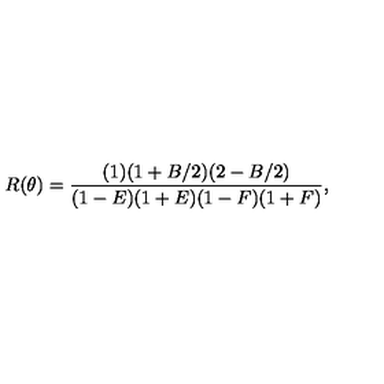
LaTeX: R ( \theta ) = \frac { ( 1 ) ( 1 + B / 2 ) ( 2 - B / 2 ) } { ( 1 - E ) ( 1 + E ) ( 1 - F ) ( 1 + F ) } ,